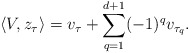
\begin{align*}\langle V, z_\tau \rangle = v_\tau + \sum_{q=1}^{d+1} (-1)^q v_{\tau_q}.\end{align*}